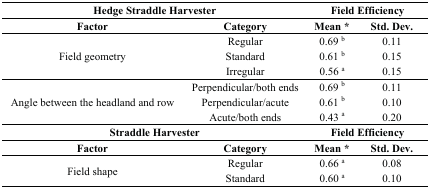
| <COLSPAN=2> Hedge Straddle Harvester | <COLSPAN=2> Field Efficiency |
 | Factor | Category | Mean* | Std. Dev. |
 | --- | --- | --- | --- |
 | <ROWSPAN=3> Field geometry | Regular | 0.69 b | 0.11 |
 | Standard | 0.61 b | 0.15 |
 | Irregular | 0.56 a | 0.15 |
 | <ROWSPAN=3> Angle between the headland and row | Perpendicular/both ends | 0.69 b | 0.11 |
 | Perpendicular/acute | 0.61 b | 0.10 |
 | Acute/both ends | 0.43 a | 0.20 |
 | <COLSPAN=2> Straddle Harvester | <COLSPAN=2> Field Efficiency |
 | Factor | Category | Mean* | Std. Dev. |
 | <ROWSPAN=2> Field shape | Regular | 0.66 a | 0.08 |
 | Standard | 0.60 a | 0.10 |